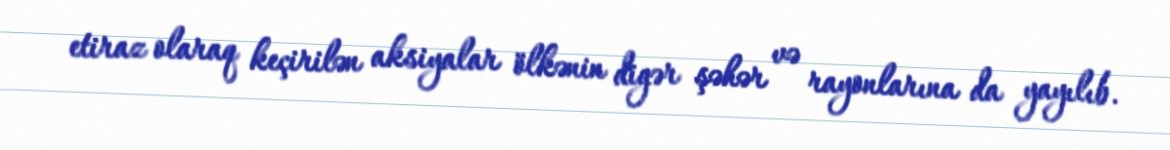
etiraz olaraq keçirilən aksiyalar ölkənin digər şəhər və rayonlarına da yayılıb.